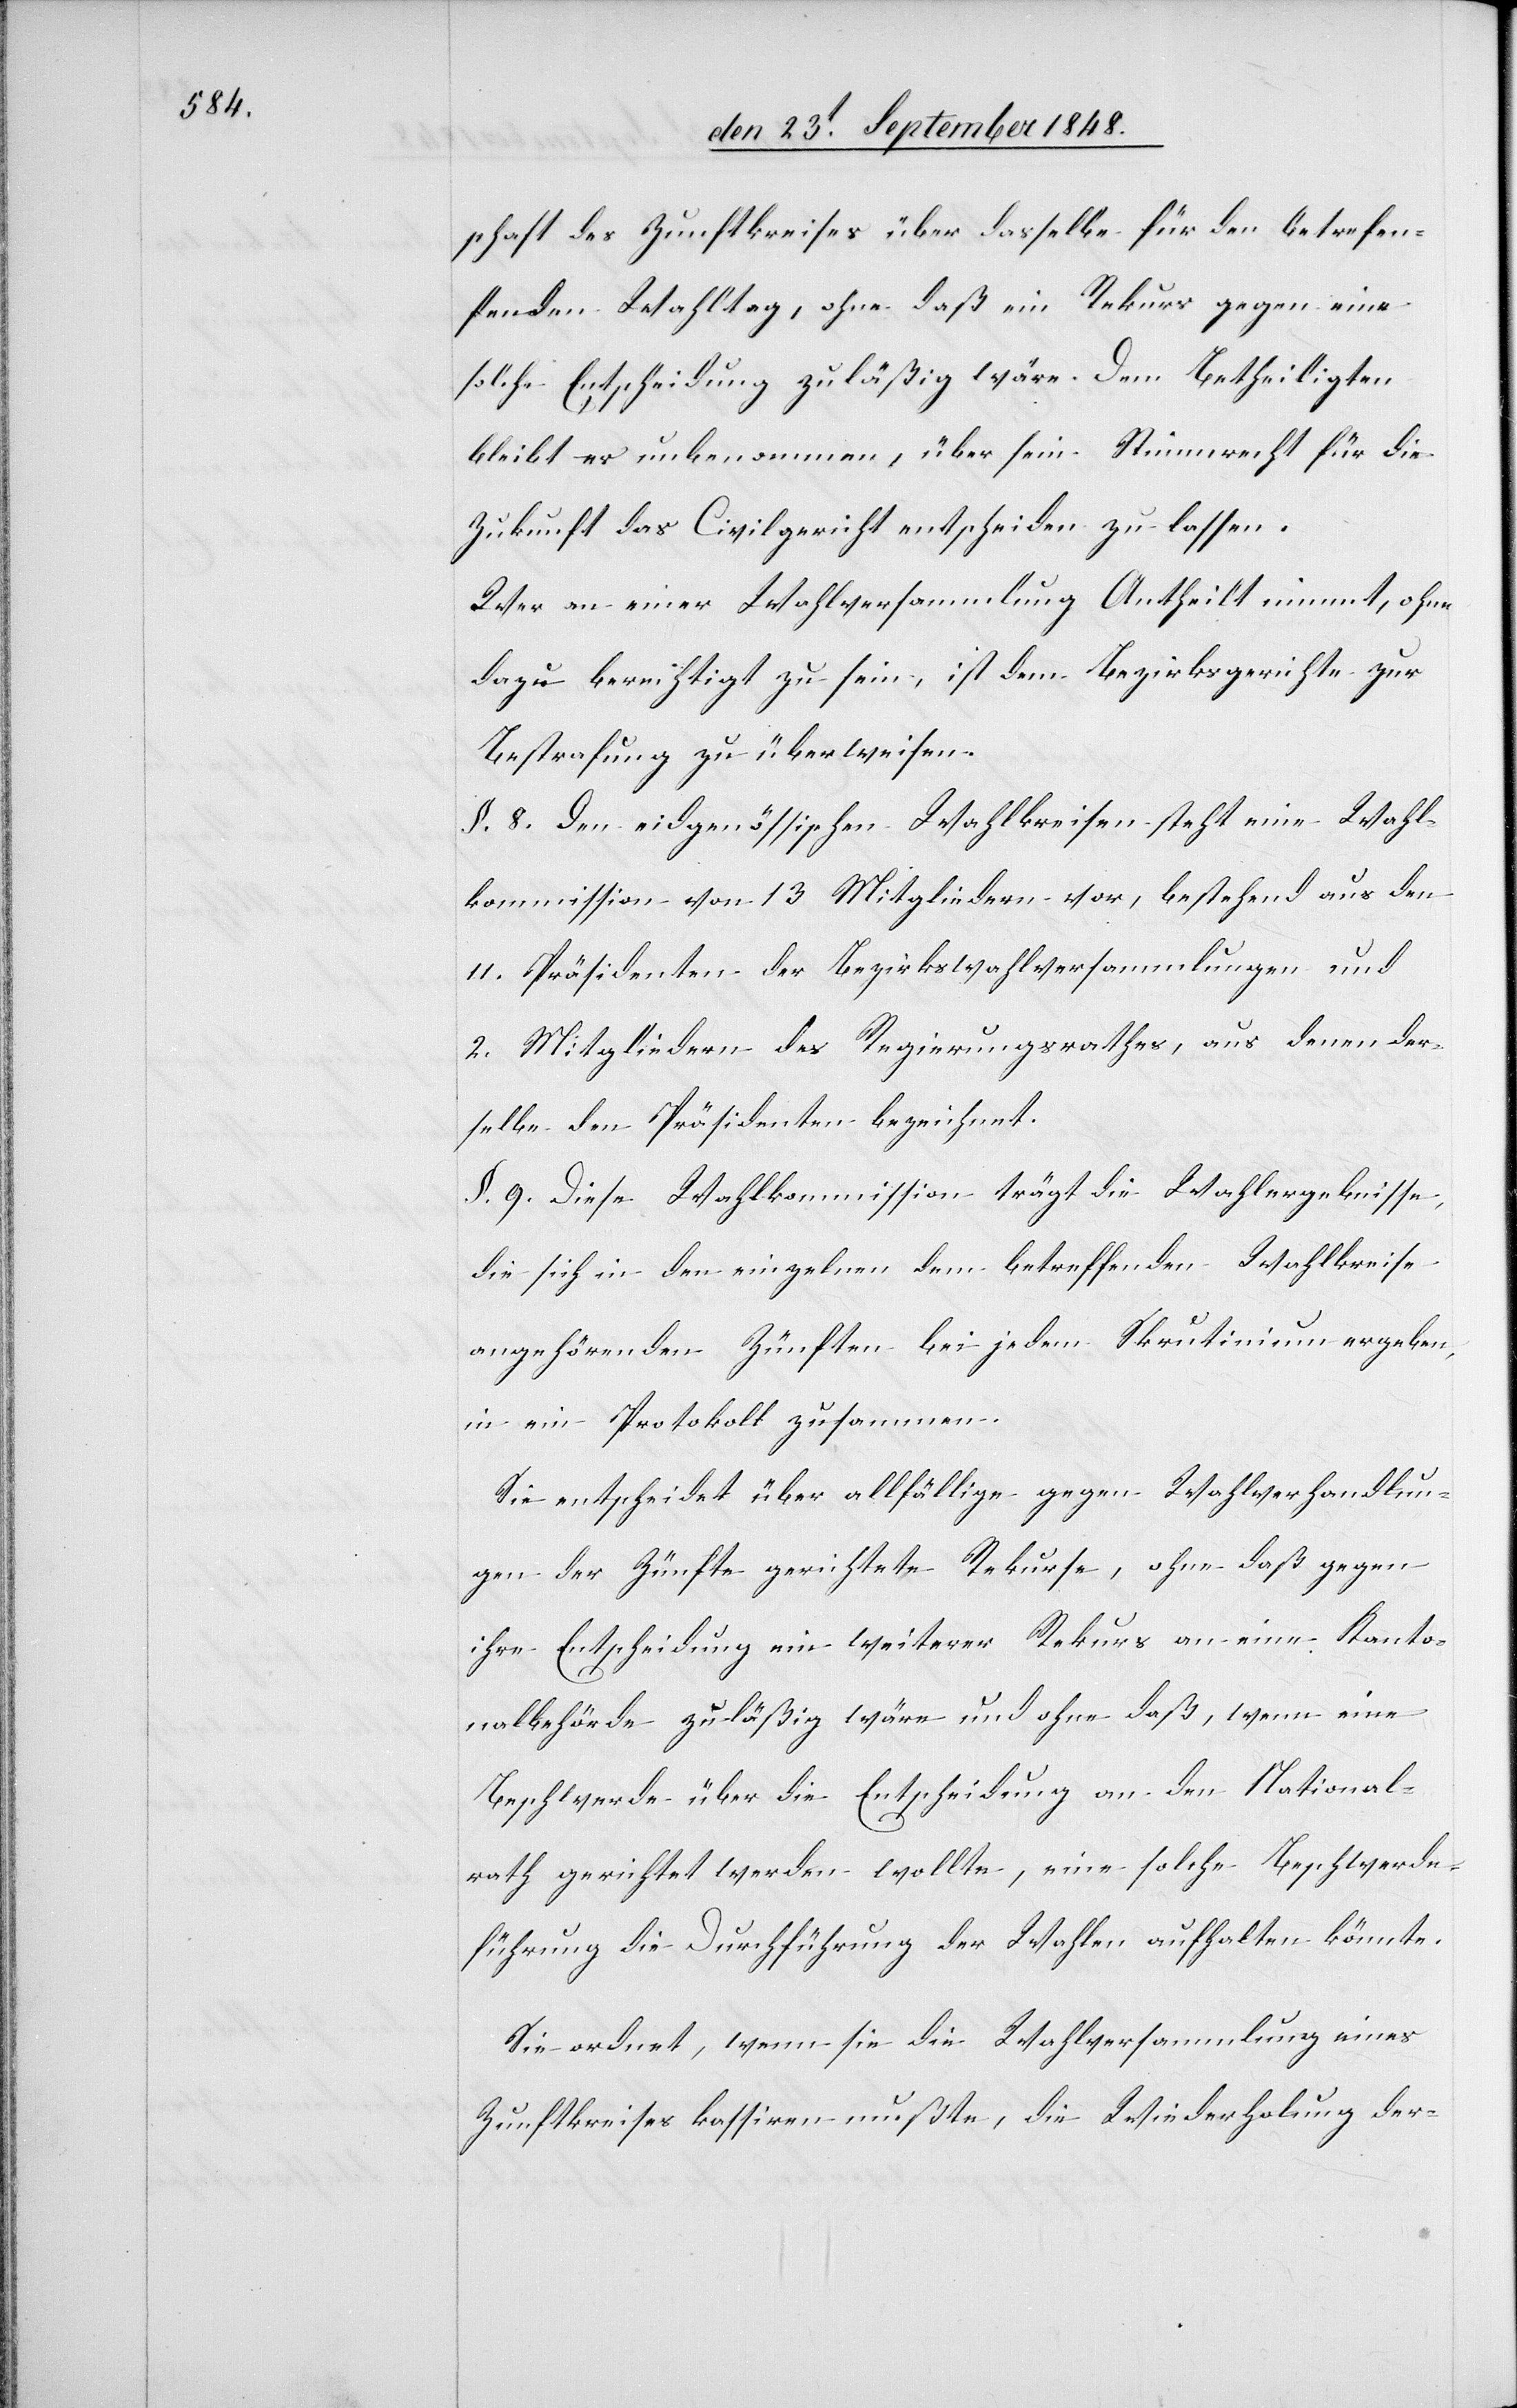
schaft des Zunftkreises über dasselbe für den betrefe¬
nden Wahltag, ohne daß ein Rekurs gegen eine
solche Entscheidung zuläßig wäre. Dem Betheiligten
bleibt es unbenommen, über sein Stimmrecht für die
Zukunft das Civilgericht entscheiden zu lassen.
Wer an einer Wahlversammlung Antheilt [sic!] nimmt, ohne
dazu berechtigt zu sein, ist dem Bezirksgerichte zur
Bestrafung zu überweisen.
§. 8. Den eidgenössischen Wahlkreisen steht eine Wahl¬
kommission von 13. Mitgliedern vor, bestehend aus den
11. Präsidenten der Bezirkswahlversammlungen und
2. Mitgliedern des Regierungsrathes, aus denen der¬
selbe den Präsidenten bezeichnet.
§. 9. Diese Wahlkommission trägt die Wahlergebnisse,
die sich in den einzelnen dem betreffenden Wahlkreise
angehörenden Zünften bei jedem Skrutinium ergeben,
in ein Protokoll zusammen.
Sie entscheidet über allfällige gegen Wahlverhandlun¬
gen der Zünfte gerichtete Rekurse, ohne daß gegen
ihre Entscheidung ein weiterer Rekurs an eine Kanto¬
nalbehörde zuläßig wäre und ohne daß, wenn eine
Beschwerde über die Entscheidung an den National¬
rath gerichtet werden wollte, eine solche Beschwerde¬
führung die Durchführung der Wahlen aufhalten könnte.
Sie ordnet, wenn sie die Wahlversammlung eines
Zunftkreises kassiren mußte, die Wiederholung der-